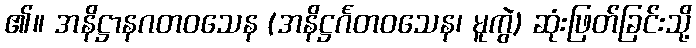
၏။ အနိဋ္ဌာနဂတဝသေန (အနိဋ္ဌင်္ဂတဝသေန၊ မူကွဲ) ဆုံးဖြတ်ခြင်းသို့